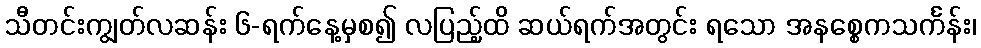
သီတင်းကျွတ်လဆန်း ၆-ရက်နေ့မှစ၍ လပြည့်ထိ ဆယ်ရက်အတွင်း ရသော အနစ္စေကသင်္ကန်း၊